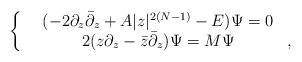
LaTeX: \begin{align*}\left\{\begin{array}{rcl}&(-2\partial_z{\bar\partial}_z+A|z|^{2(N-1)} -E)\Psi=0&\\&2(z\partial_z- {\bar z}{\bar\partial_z})\Psi=M\Psi& ,\end{array}\right.\end{align*}